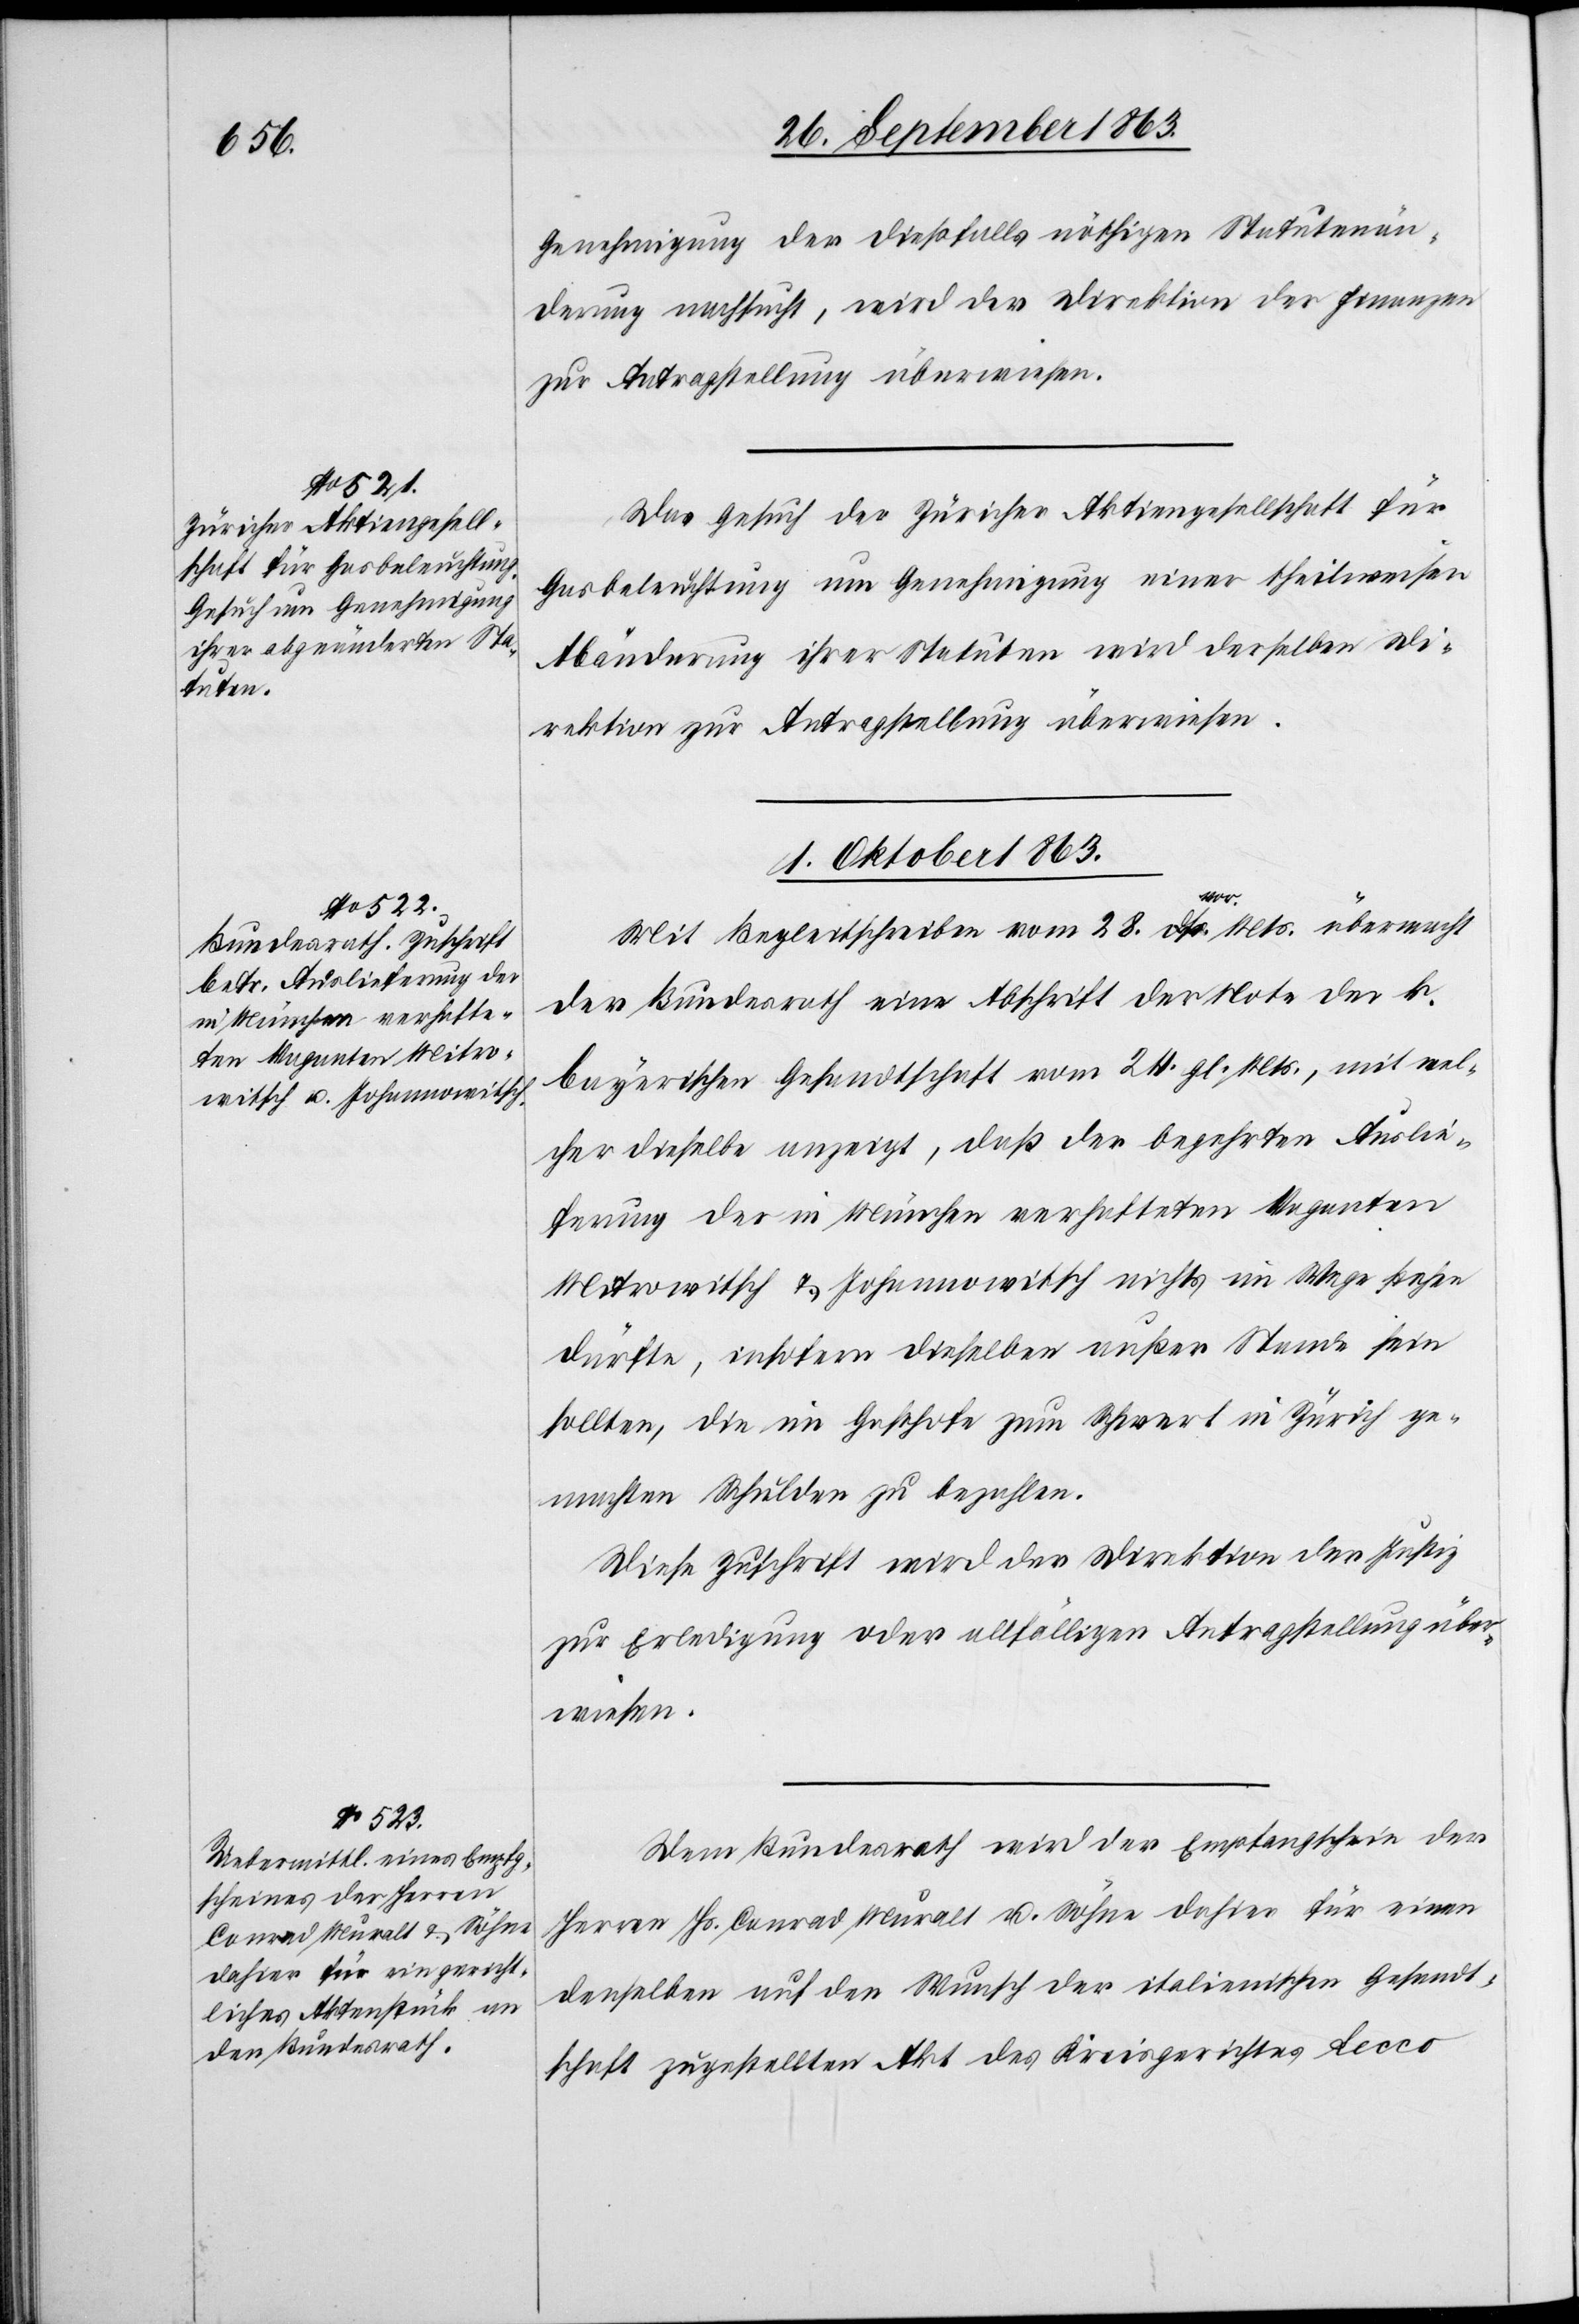
29. September 1863.]
Genehmigung der dießfalls nöthigen Statutenän¬
derung nachsucht, wird der Direktion der Finanzen
zur Antragstellung überwiesen.
Das Gesuch der Züricher Aktiengesellschaft für
Gasbeleuchtung um Genehmigung einer theilweisen
Abänderung ihrer Statuten wird derselben Di¬
rektion zur Antragstellung überwiesen.
1. Oktober 1863.]
Mit Begleitschreiben vom 28. vor. Mts. übermacht
der Bundesrath eine Abschrift der Note der k.
bayerischen Gesandtschaft vom 24. gl. Mts., mit wel¬
cher dieselbe anzeigt, daß der begehrten Auslie¬
ferung der in München verhafteten Vaganten
Mitrowitsch & Johannowitsch nichts im Wege stehen
dürfte, insofern dieselben außer Stande sein
sollten, die im Gasthofe zum Schwert in Zürich ge¬
machten Schulden zu bezahlen.
Diese Zuschrift wird der Direktion der Justiz
zur Erledigung oder allfälligen Antragstellung über¬
wiesen.
Dem Bundesrath wird der Empfangschein der
Herren Hs. Conrad Muralt u. Söhne dahier für einen
denselben auf den Wunsch der italienischen Gesandt¬
schaft zugestellten Akt des Kreisgerichtes Lecco